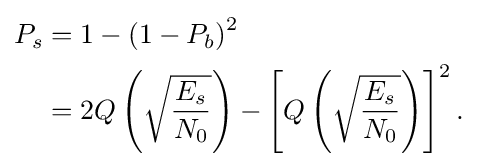
{\begin{aligned}P_{s}&=1-\left(1-P_{b}\right)^{2}\\&=2Q\left({\sqrt {\frac {E_{s}}{N_{0}}}}\right)-\left[Q\left({\sqrt {\frac {E_{s}}{N_{0}}}}\right)\right]^{2}.\end{aligned}}